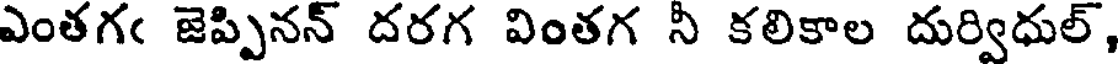
ఎంతగఁ జెప్పినన్ దరగ వింతగ నీ కలికాల దుర్విధుల్,